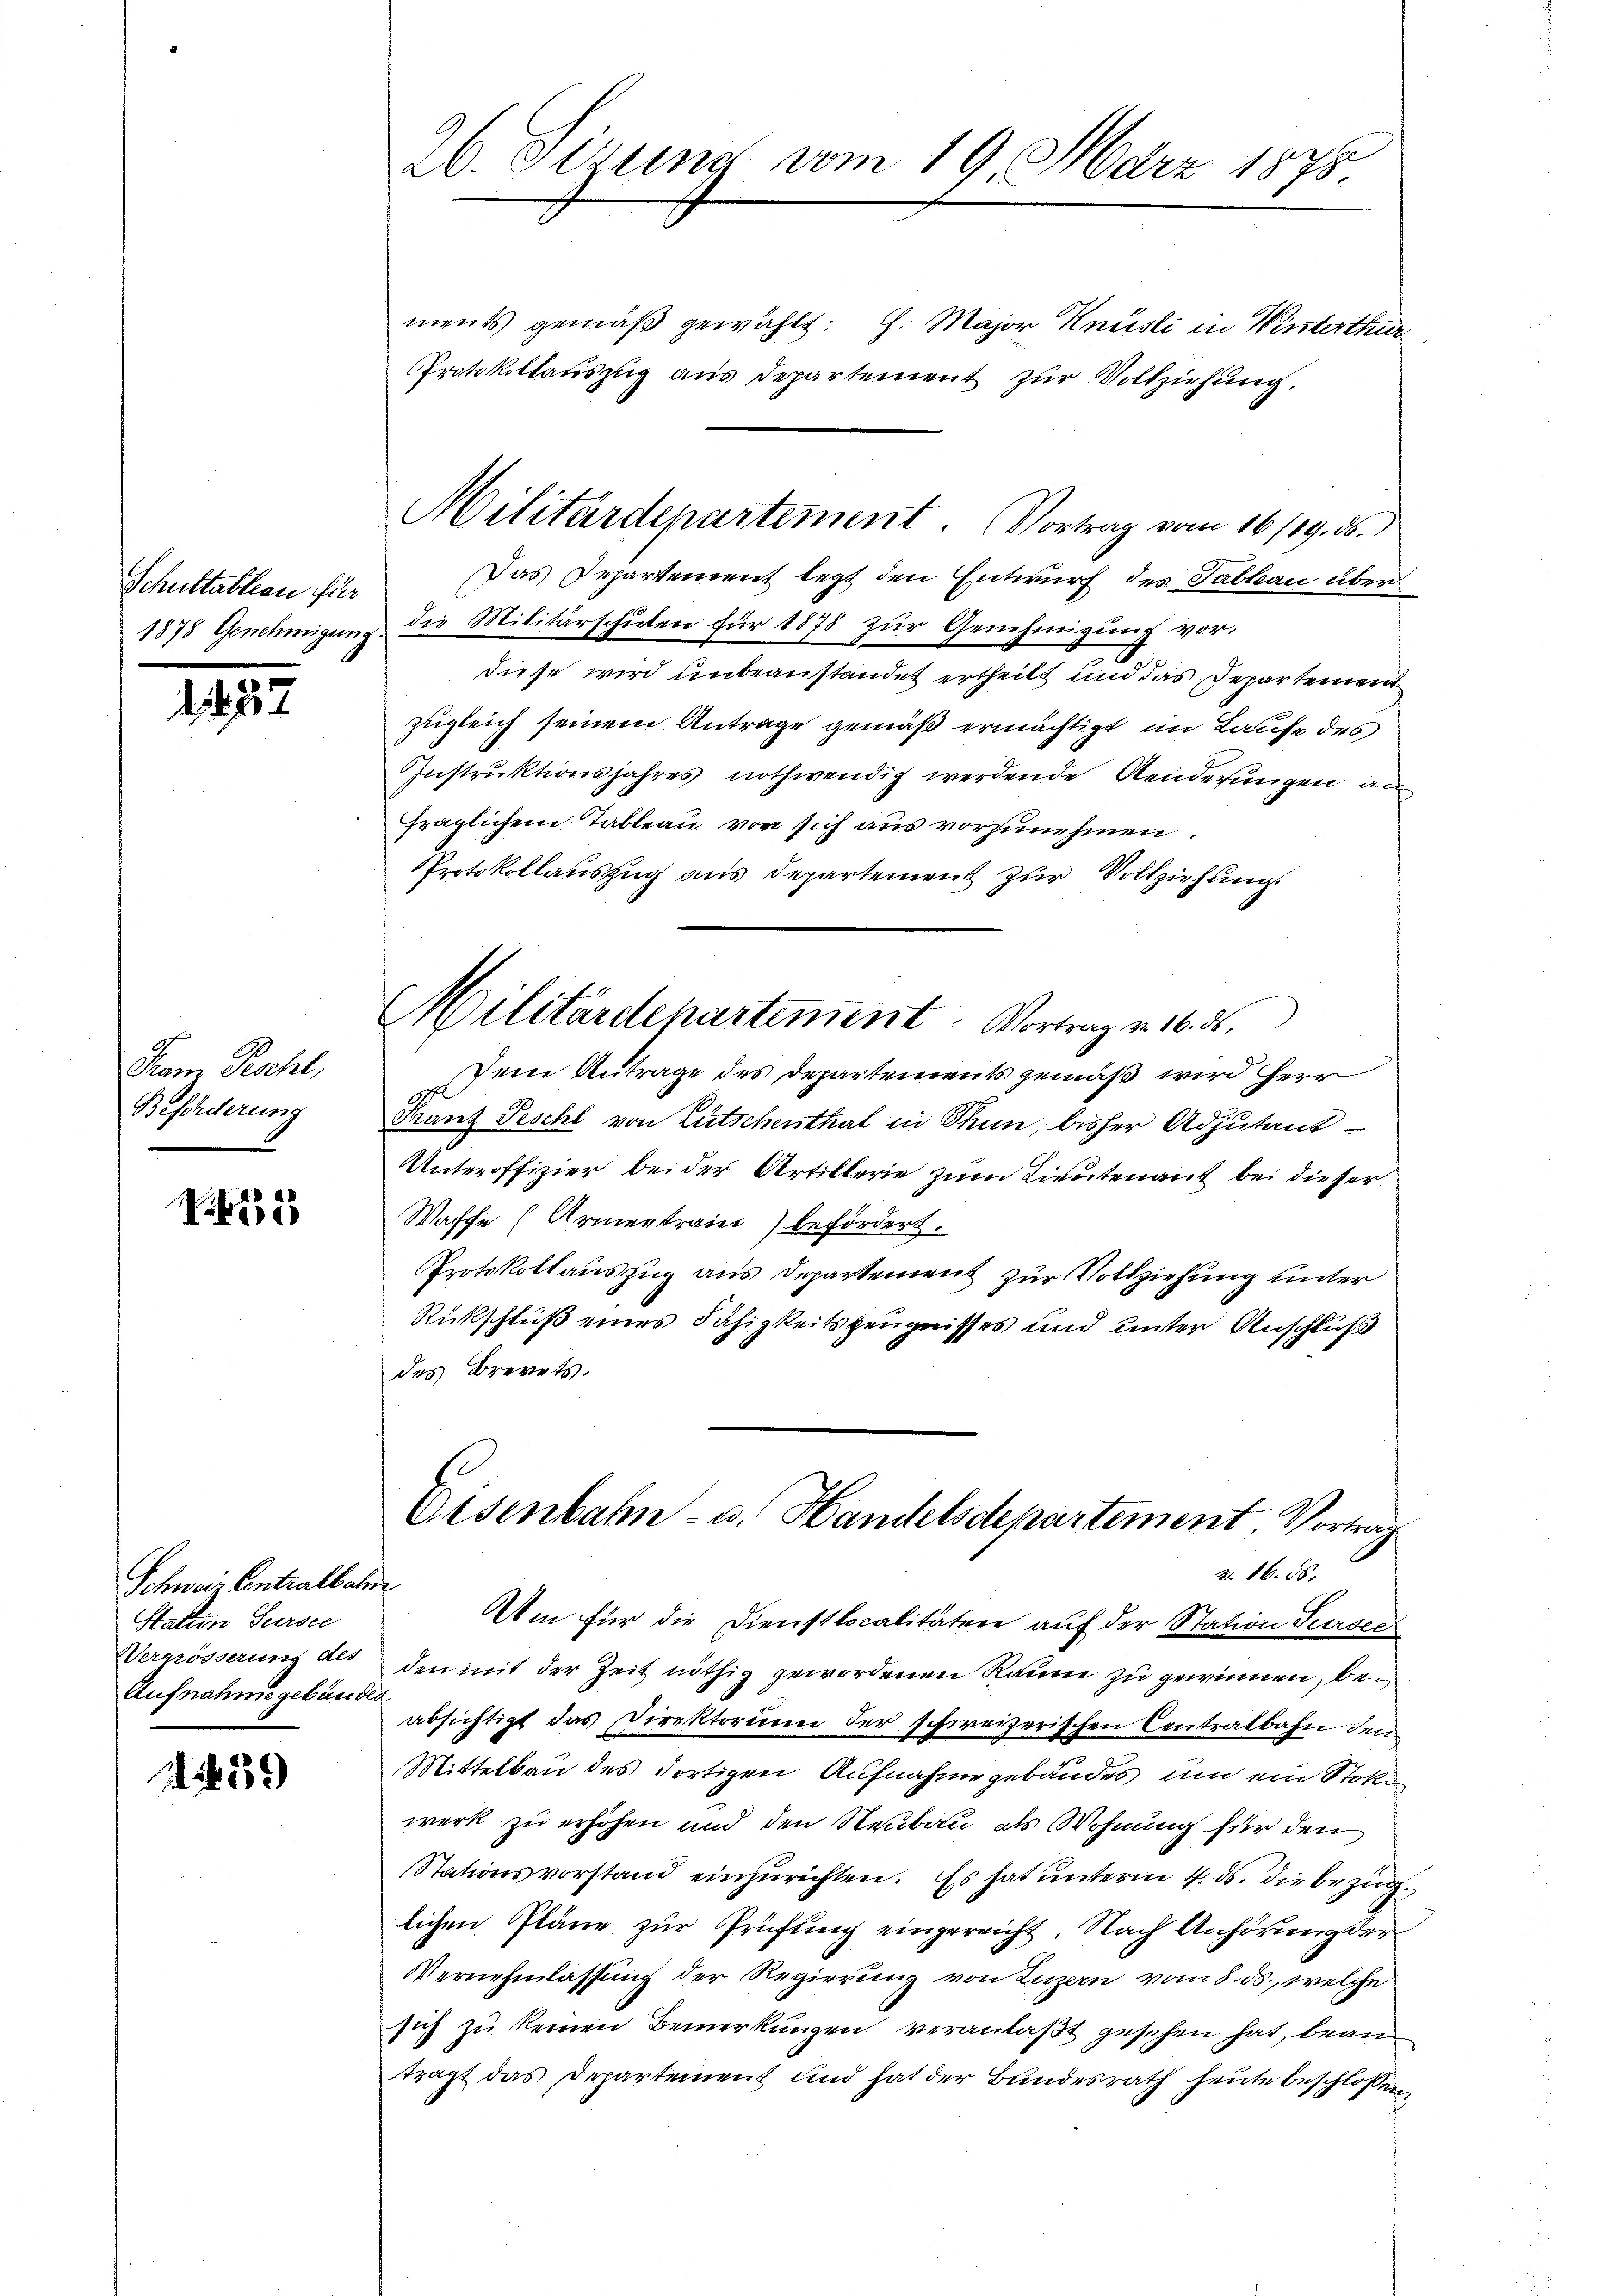
Schultableau für

2232

Fram Reschl,
Beschierung

V. 432

Schweiz Centralbahn
Station Sursee
Vergrösserung des
Aufnahme gebäudes

1459

26. Firung vom 19. März 1878.

ments gemäß gewählt: H. Major Knüsli in Winterthur
Protokollauszug aus Departement zur Vollziehung,
diese wird unbeanstandet ertheilt und das Departement
zugleich seinem Antrage gemäß ermächtigt, im Laufe des
Instruktionsjahres nothwendig werdende Aenderungen an
fraglichem Tableau von sich aus vorzunehmen.
Protokollauszug aus Departement zur Vollziehung
Dem Antrage des Departements gemäß wird Herr
G
Franz Peschl von Lutschenthal in Thun, bisher Adjutant
Unteroffizier bei der Artillerie zum Lieutenant bei dieser
Waffe (Armentrain befördert.
Protokollauszug aus Departement zur Vollziehung unter
Rückschluß eines Fähigkeitszeugnisses und unter Anschluß
des Brevets.
Eisenbahn- u. Handelsdepartement. Vortrag
3. 16. 55.
Am für die Dienstlocalitäten auf der Station Sursee
den mit der Zeit nöthig gewordenen Raum zu gewinnen, beabsichtigt das Direktorium der schweizerischen Centralbahn den
Mittelbau des dortigen Aufnahme gebäudes, um ein Stoke
werk zu erhöhen und den Neubau als Wohnung für den
Stationsvorstand einzurichten. Es hat unterm 4. ds. die Bezug
lichen Pläne zur Prüfung eingereicht. Nach Anhörung der
Vernehmlassung der Regierung von Luzern vom 8. ds., welche
sich zu keinen Bemerkungen veranlaßt geschen hat, beantragt das Departement und hat der Bundesrath heute beschlossen

Militärdepartement. Vortrag vom 16/19. ds.
Das Departement legt den Entwurf des Tabkau über
1878 Genehmigung die Militärschulen für 1878 zur Genehmigung vor,

Militärdepartement. Vortrag v. 16. d.